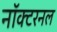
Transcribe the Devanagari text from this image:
नॉक्टरनल